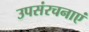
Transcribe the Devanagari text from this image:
उपसंरचनाएं